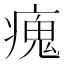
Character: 瘣